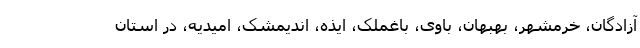
آزادگان، خرمشهر، بهبهان، باوی، باغملک، ایذه، اندیمشک، امیدیه، در استان